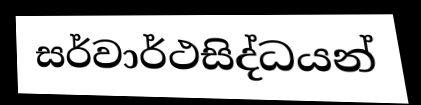
සර්වාර්ථසිද්ධයන්